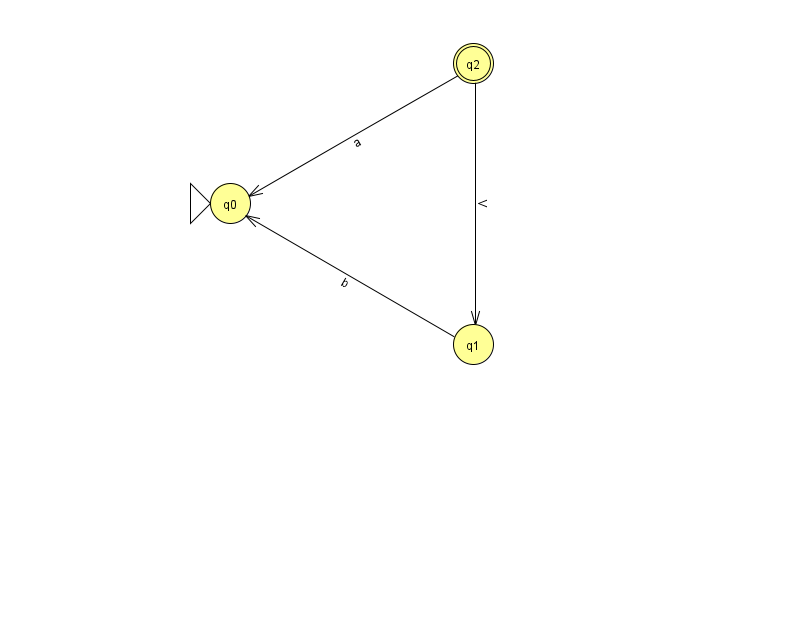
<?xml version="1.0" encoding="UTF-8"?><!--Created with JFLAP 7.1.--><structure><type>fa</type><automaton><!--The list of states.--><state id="0" name="q0"><x>230.0</x><y>190.0</y><initial/></state><state id="1" name="q1"><x>473.0</x><y>331.0</y></state><state id="2" name="q2"><x>473.0</x><y>50.0</y><final/></state><!--The list of transitions.--><transition><from>1</from><to>0</to><read>b</read></transition><transition><from>2</from><to>1</to><read>V</read></transition><transition><from>2</from><to>0</to><read>a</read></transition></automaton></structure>